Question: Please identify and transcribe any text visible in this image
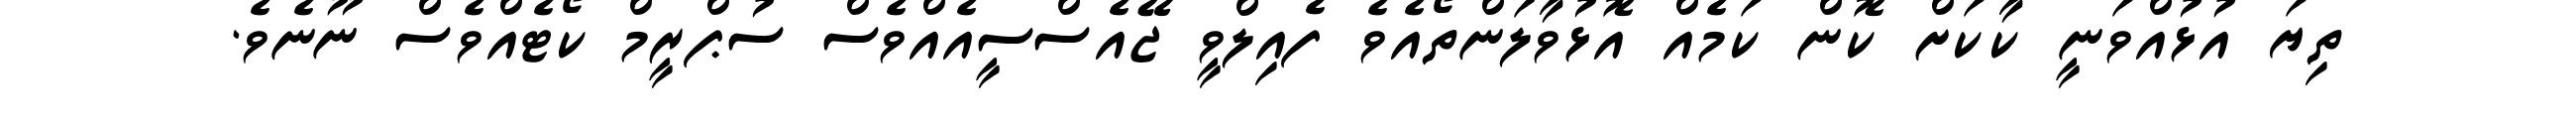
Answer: ތިޔަ އުޅުއްވަނީ ކާކަށް ކޮން ކަމެއް އޮޅުވާލަންތޯއެވެ ފެއިލްވީ ޖޭއެސްސީއެއްވެސް ސުޕްރީމް ކޯޓެއްވެސް ނޫނެވެ.